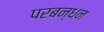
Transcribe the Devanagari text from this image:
परबन्धन